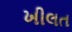
ખીલત